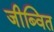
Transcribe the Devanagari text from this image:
जीब्वित